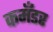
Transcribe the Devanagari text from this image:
कमॅंडर